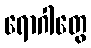
ရောဂါတွေ